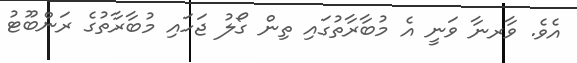
އެވެ. ވާރނާ ވަނީ އެ މުބާރާތުގައި ތިން ގޯލު ޖަހައި މުބާރާތުގެ ރަންބޫޓު